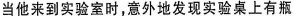
当他来到实验室时，意外地发现实验桌上有瓶